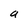
Character: a